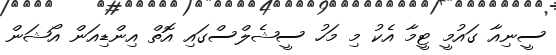
ސީނިއާ ގައުމީ ޓީމާ އެކު މި މަހު ސީޝެލްސްގައި އޮތް އިންޑިއަން އޯޝަން